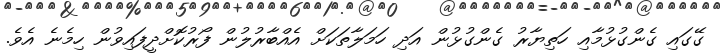
ގޭގައި ގެންގުޅުމާއި ހަތިޔާރު ގެންގުޅުން އަދި ހަމަލާތަކަށް އެއްބާރުލުން ފޯރުކޮށްދީފައިވުން ހިމެނެ އެވެ.